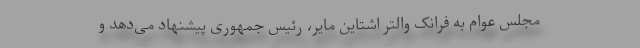
مجلس عوام به فرانک والتر اشتاین مایر، رئیس جمهوری پیشنهاد می‌دهد و